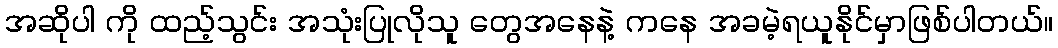
အဆိုပါ ကို ထည့်သွင်း အသုံးပြုလိုသူ တွေအနေနဲ့ ကနေ အခမဲ့ရယူနိုင်မှာဖြစ်ပါတယ်။